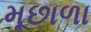
મૂછાળા